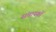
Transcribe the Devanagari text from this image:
संचायकों